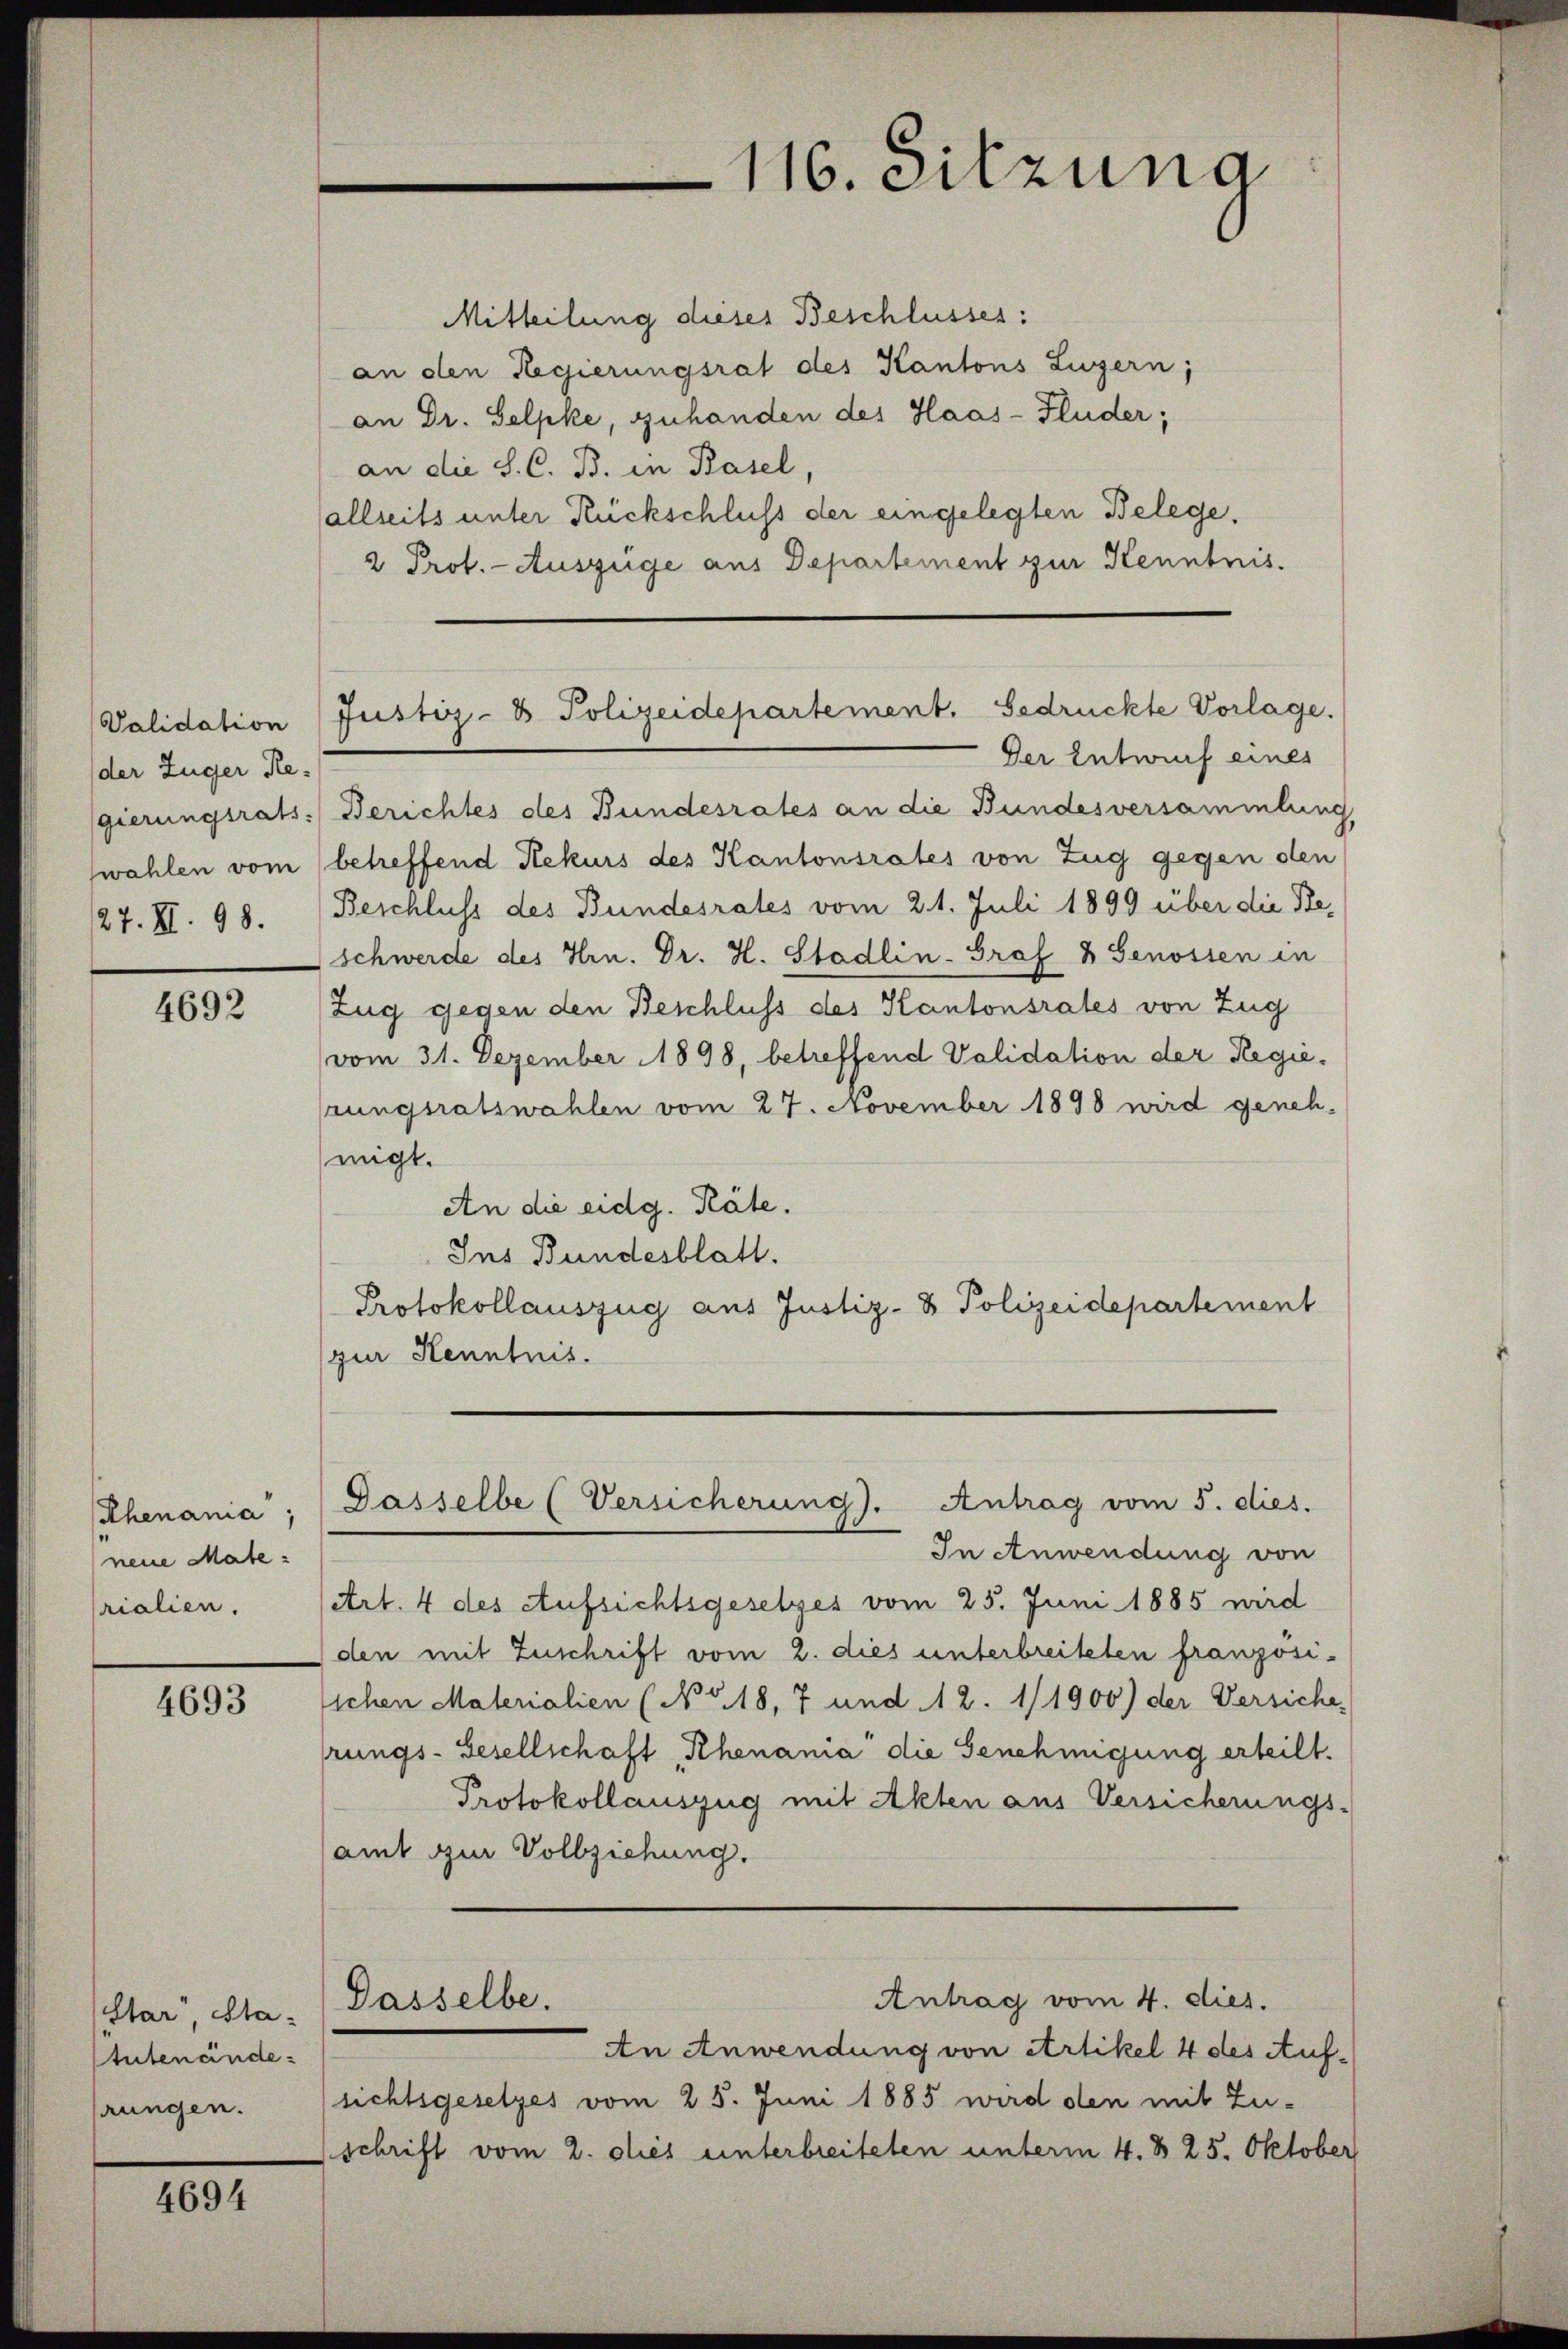
Volidation
der Zuger Re-
27. II. 98.

4692

Khenania,
neue Mate:
rialien.

4693

(Star, Statutenänderungen.

4694

Mitteilung dieses Beschlusses:
an den Regierungsrat des Kantons Luzern;
an Dr. Selpke, zuhanden des Haas-Fluder;
an die S. C. B. in Basel,
allseits unter Rückschluss der eingelegten Belege,
2 Prot. - Auszüge aus Departement zur Kenntnis.

Der Entwurf eines
gierungsrats Berichtes des Bundesrates an die Bundesversammlung
wahlen vom betreffend Rekurs des Kantonsrates von Zug gegen den
Beschluss des Bundesrates vom 21. Juli 1899 über die Be¬
Schwerde des Hrn. Dr. H. Stadlin-Graf & Genossen in
Zug gegen den Beschluss des Kantonsrates von Zug
vom 31. Dezember 1898, betreffend Validation der Regierungsratswahlen vom 27. November 1898 wird geneh-
migt.
An die eidg. Räte.
Ins Bundesblatt.
Protokollauszug aus Justiz- & Polizeidepartement
(zur Kenntnis.

116. Sitzung

Justiz- & Polizeidepartement. Gedrückte Vorlage.

Dasselbe (Versicherung). Antrag vom 5. dies.
I.

In Anwendung von
(Art. 4 des Aufsichtsgesetzes vom 25. Juni 1885 wird
den mit Zuschrift vom 2. dies unterbreiteten französi-
sichen Materialien (No. 18, 7 und 12. 1/1900) der Versiche
rungs-Gesellschaft Khenania die Genehmigung erteilt.
Protokollauszug mit Akten aus Versicherungs-
amt zur Vollziehung.
Antrag vom 4. dies.
Dasselbe.
An Anwendung von Artikel 4 des Aufsichtsgesetzes vom 25. Juni 1885 wird den mit Zuschrift vom 2. dies unterbreiteten unterm 4. d. 25. Oktober